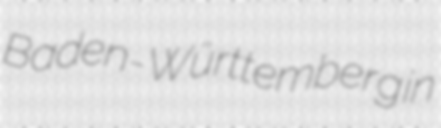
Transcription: Baden-Württemberg in